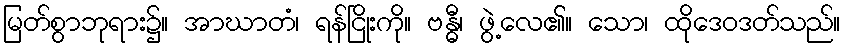
မြတ်စွာဘုရား၌။ အာဃာတံ၊ ရန်ငြိုးကို။ ဗန္ဓီ၊ ဖွဲ့လေ၏။ သော၊ ထိုဒေဝဒတ်သည်။